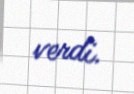
verdi.